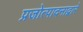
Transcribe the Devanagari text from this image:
प्रजोत्पादनाद्वारे